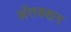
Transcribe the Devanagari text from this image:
ॲतक्शन